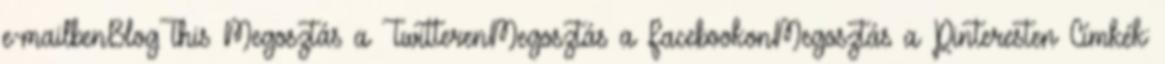
e-mailbenBlogThis Megosztás a TwitterenMegosztás a FacebookonMegosztás a Pinteresten Címkék: